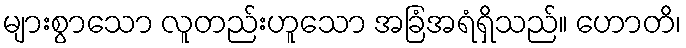
များစွာသော လူတည်းဟူသော အခြံအရံရှိသည်။ ဟောတိ၊